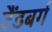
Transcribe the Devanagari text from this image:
टैंडबर्ग